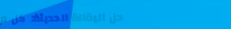
محل البقالة الحديثة: كل م